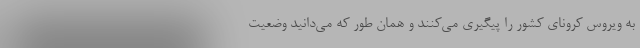
به ویروس کرونای کشور را پیگیری می‌کنند و همان طور که می‌دانید وضعیت